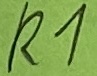
Text: R1